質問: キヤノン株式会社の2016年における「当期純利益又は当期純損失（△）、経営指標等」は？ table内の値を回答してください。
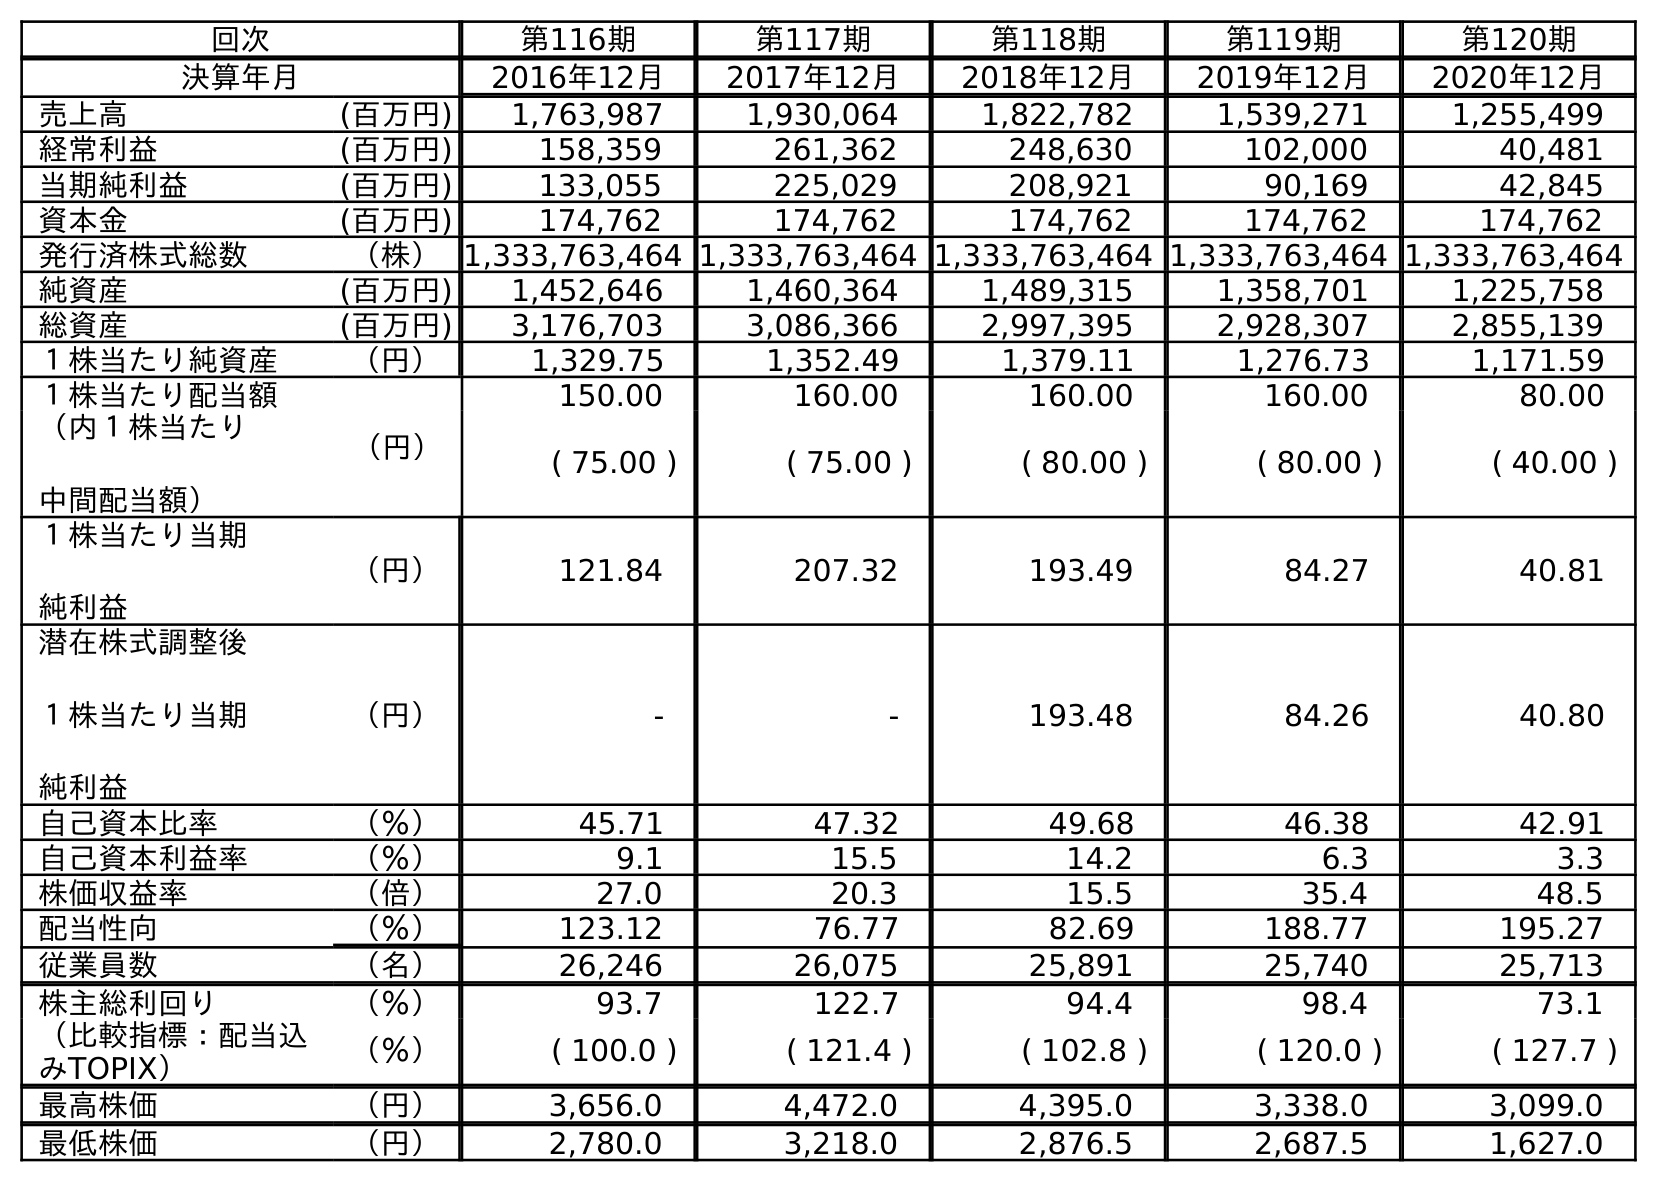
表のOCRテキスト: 回次 第116期 第117期 第118期 第119期 第120期 決算年月 2016年12月 2017年12月 2018年12月 2019年12月 2020年12月 売上高 (百万円) 1,763,987 1,930,064 1,822,782 1,539,271 1,255,499 経常利益 (百万円) 158,359 261,362 248,630 102,000 40,481 当期純利益 (百万円) 133,055 225,029 208,921 90,169 42,845 資本金 (百万円) 174,762 174,762 174,762 174,762 174,762 発行済株式総数 （株）1,333,763,464 1,333,763,464 1,333,763,464 1,333,763,464 1,333,763,464 純資産 (百万円) 1,452,646 1,460,364 1,489,315 1,358,701 1,225,758 総資産 (百万円) 3,176,703 3,086,366 2,997,395 2,928,307 2,855,139 １株当たり純資産 （円） 1,329.75 1,352.49 1,379.11 1,276.73 1,171.59 １株当たり配当額 （円） 150.00 160.00 160.00 160.00 80.00 （内１株当たり 中間配当額） ( 75.00 ) ( 75.00 ) ( 80.00 ) ( 80.00 ) ( 40.00 ) １株当たり当期 純利益 （円） 121.84 207.32 193.49 84.27 40.81 潜在株式調整後 １株当たり当期 純利益 （円） - - 193.48 84.26 40.80 自己資本比率 （％） 45.71 47.32 49.68 46.38 42.91 自己資本利益率 （％） 9.1 15.5 14.2 6.3 3.3 株価収益率 （倍） 27.0 20.3 15.5 35.4 48.5 配当性向 （％） 123.12 76.77 82.69 188.77 195.27 従業員数 （名） 26,246 26,075 25,891 25,740 25,713 株主総利回り （％） 93.7 122.7 94.4 98.4 73.1 （比較指標：配当込 みTOPIX） （％） ( 100.0 ) ( 121.4 ) ( 102.8 ) ( 120.0 ) ( 127.7 ) 最高株価 （円） 3,656.0 4,472.0 4,395.0 3,338.0 3,099.0 最低株価 （円） 2,780.0 3,218.0 2,876.5 2,687.5 1,627.0
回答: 133,055